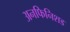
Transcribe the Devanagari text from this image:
अनफिनिशड